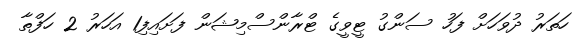
ހަތަރު ދުވަހަށް ފަހު ސަންގު ޓީވީގެ ޓްރާންސްމިޝަން ފަށައިފި1 އަހަރު 2 ހަފްތާ